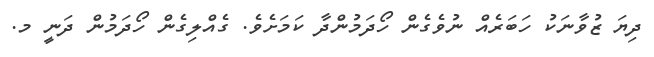
ދިޔަ ޒުވާނަކު ހަބަރެއް ނުވެގެން ހޯދަމުންދާ ކަމަށެވެ. ގެއްލިގެން ހޯދަމުން ދަނީ މ.